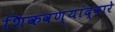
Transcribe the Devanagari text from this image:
शिकवण्यांद्वारे